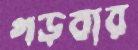
গড়বার